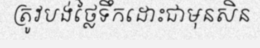
ត្រូវបង់ថ្លៃទឹកដោះជាមុនសិន